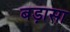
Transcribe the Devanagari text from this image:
बड़ासा